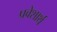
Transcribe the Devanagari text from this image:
प्रवेशार्थ